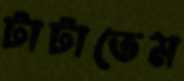
টাটাতেম